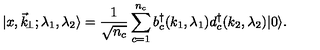
\vert x , \vec { k } _ { \! \perp } ; \lambda _ { 1 } , \lambda _ { 2 } \rangle = { \frac { 1 } { \sqrt { n _ { c } } } } \sum _ { c = 1 } ^ { n _ { c } } b _ { c } ^ { \dagger } ( k _ { 1 } , \lambda _ { 1 } ) d _ { c } ^ { \dagger } ( k _ { 2 } , \lambda _ { 2 } ) \vert 0 \rangle .